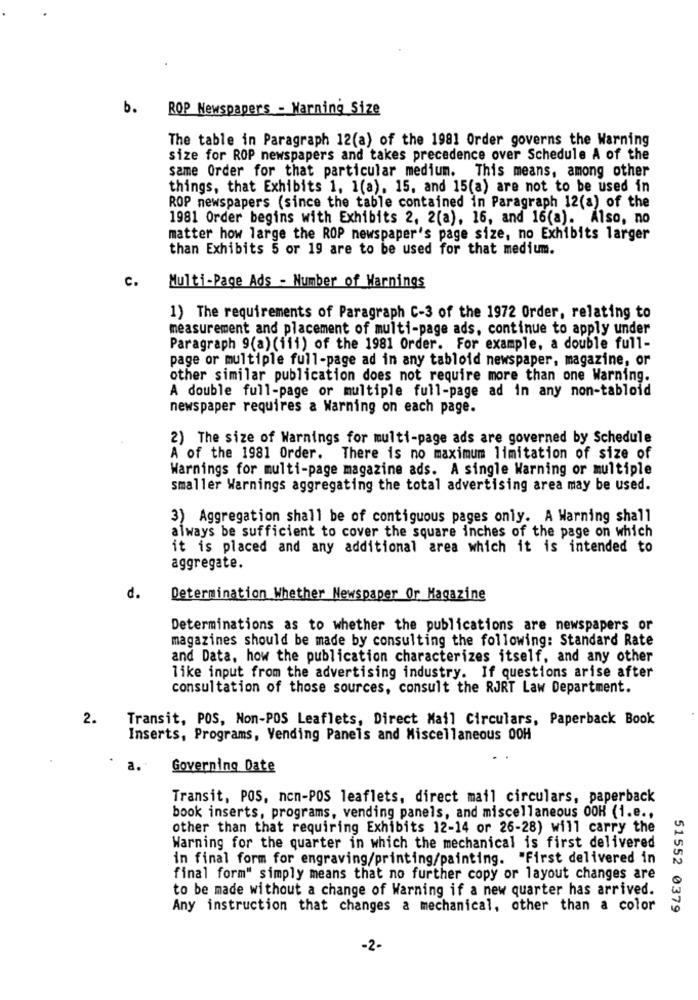
b.
ROP Newspapers - Warning Size
The table in Paragraph 12(a) of the 1981 Order governs the Warning
size for ROP newspapers and takes precedence over Schedule A of the
same Order for that particular medium. This means, among other
things, that Exhibits 1. 1(a). 15, and 15(a) are not to be used in
ROP newspapers (since the table contained in Paragraph 12(a) of the
1981 Order begins with Exhibits 2, 2(a), 16, and 16(a). Also, no
matter how large the ROP newspaper's page size, no Exhibits larger
than Exhibits 5 or 19 are to be used for that medium.
C.
Multi-Page Ads - Number of Warnings
1) The requirements of Paragraph C-3 of the 1972 Order, relating to
measurement and placement of multi-page ads, continue to apply under
Paragraph 9(a) (111) of the 1981 Order. For example, a double full-
page or multiple full-page ad in any tabloid newspaper, magazine, or
other similar publication does not require more than one Warning.
A double full-page or multiple full-page ad in any non-tabloid
newspaper requires a Warning on each page.
2) The size of Warnings for multi-page ads are governed by Schedule
A of the 1981 Order. There is no maximum limitation of size of
Warnings for multi-page magazine ads. A single Warning or multiple
smaller Warnings aggregating the total advertising area may be used.
3) Aggregation shall be of contiguous pages only. A Warning shall
always be sufficient to cover the square inches of the page on which
it is placed and any additional area which it is intended to
aggregate.
d.
Determination Whether Newspaper Or Magazine
Determinations as to whether the publications are newspapers or
magazines should be made by consulting the following: Standard Rate
and Data, how the publication characterizes itself, and any other
like input from the advertising industry. If questions arise after
consultation of those sources, consult the RJRT Law Department.
2.
Transit, POS, Non-POS Leaflets, Direct Mail Circulars, Paperback Book
Inserts, Programs, Vending Panels and Miscellaneous 00H
a.
Governing Date
Transit, POS, non-POS leaflets, direct mail circulars, paperback
book inserts, programs, vending panels, and miscellaneous OOH (i.e .,
other than that requiring Exhibits 12-14 or 26-28) will carry the
Warning for the quarter in which the mechanical is first delivered
in final form for engraving/printing/painting. "First delivered in
final form" simply means that no further copy or layout changes are
to be made without a change of Warning if a new quarter has arrived.
Any instruction that changes a mechanical, other than a color
51552 0379
-2.